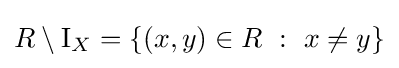
R\setminus \operatorname {I} _{X}=\{(x,y)\in R~:~x\neq y\}